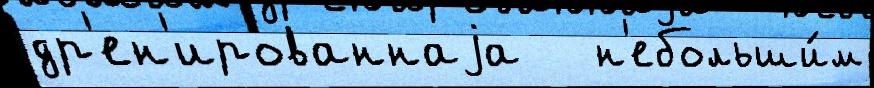
др'ен'ированнаjа   н'ебольши́м